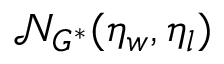
\mathcal { N } _ { G ^ { \ast } } ( \eta _ { w } , \eta _ { l } )